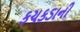
કચકડાની